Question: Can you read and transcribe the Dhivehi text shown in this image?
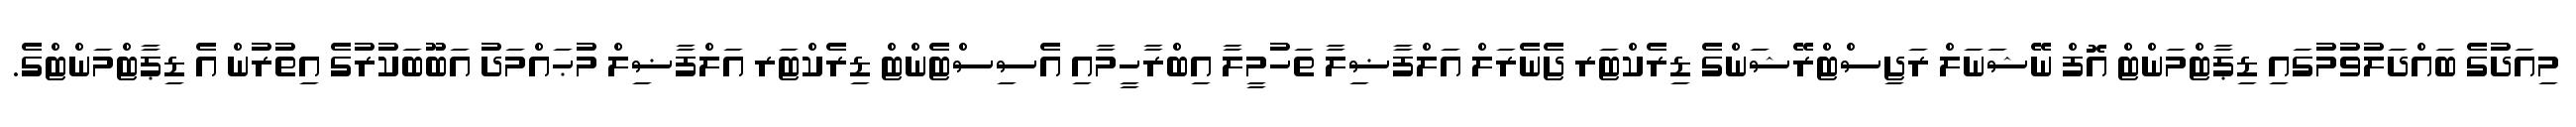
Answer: މިއަދުގެ ބައްދަލުވުމުގައި ޑިޕާޓްމަންޓް އޮފް ނޭޝަނަލް ރަޖިސްޓްރޭޝަންގެ ޑިރެކްޓަރ ޖެނެރަލް އަލްފާޟިލާ ތަހުމީލާ އިބްރާހީމާއި އެސިސްޓެންޓް ޑިރެކްޓަރ އަލްފާޟިލް މުޙައްމަދު އަބޫބަކުރުގެ އިތުރުން އެ ޑިޕާޓްމަންޓްގެ.